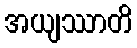
အယျဿာတိ